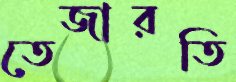
তেজারতি